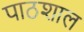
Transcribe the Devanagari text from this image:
पाठशाल